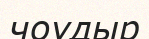
чоудыр